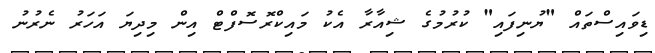
ޑިވައިސްތައް "ޔުނިފައި" ކުރުމުގެ ޝިއާރާ އެކު މައިކްރޮސޮފްޓް އިން މިދިޔަ އަހަރު ނެރުނު